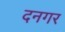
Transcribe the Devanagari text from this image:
दनगर